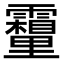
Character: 𮡣